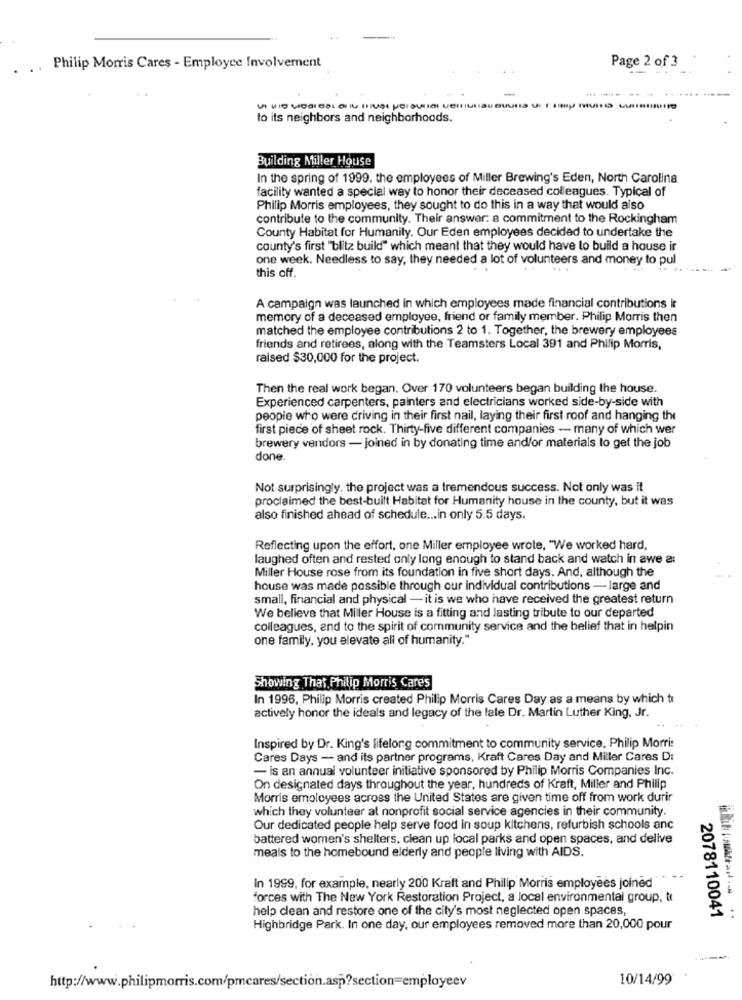
. Philip Morris Cares - Employee Involvement
Page 2 of 3
to its neighbors and neighborhoods.
Building Miller House
In the spring of 1999. the employees of Miller Brewing's Eden, North Carolina
facility wanted a special way to honor their deceased colleagues. Typical of
Philip Morris employees, they sought to do this in a way that would also
contribute to the community. Their answer: a commitment to the Rockingham
County Habitat for Humanity. Our Eden employees decided to undertake the
county's first "blitz build" which meant that they would have to build a house ir
one week. Needless to say, they needed a lot of volunteers and money to pul
this off.
A campaign was launched in which employees made financial contributions Ir
memory of a deceased employee, friend or family member. Philip Morris then
matched the employee contributions 2 to 1. Together, the brewery employees
friends and retirees, along with the Teamsters Local 391 and Philip Morris,
raised $30,000 for the project.
Then the real work began. Over 170 volunteers began building the house.
Experienced carpenters, painters and electricians worked side-by-side with
people who were driving in their first nail, laying their first roof and hanging the
first piece of sheet rock. Thirty-five different companies - many of which wer
brewery vendors - joined in by donating time and/or materials to get the job
done
Not surprisingly. the project was a tremendous success. Not only was it
proclaimed the best-built Habitat for Humanity house in the county, but it was
also finished ahead of schedule ... in only 5.5 days.
Reflecting upon the effort, one Miller employee wrote, "We worked hard,
laughed often and rested only long enough to stand back and watch in awe a:
Miller House rose from its foundation in five short days. And, although the
house was made possible through our individual contributions - large and
small, financial and physical - it is we who have received the greatest return
We believe that Miller House is a fitting and lasting tribute to our departed
colleagues, and to the spirit of community service and the belief that in helpin
one family, you elevate all of humanity."
Showing That Philip Morris Cares
In 1996, Philip Morris created Philip Morris Cares Day as a means by which ti
actively honor the ideals and legacy of the late Dr. Martin Luther King, Jr.
Inspired by Dr. King's lifelong commitment to community service, Philip Morris
Cares Days - and its partner programs, Kraft Cares Day and Miller Cares D:
- is an annual volunteer initiative sponsored by Philip Morris Companies Inc.
On designated days throughout the year, hundreds of Kraft, Miller and Philip
Morris employees across the United States are given time off from work durir
which they volunteer at nonprofit social service agencies in their community.
Our dedicated people help serve food in soup kitchens, refurbish schools anc
battered women's shelters, clean up local parks and open spaces, and delive
meals to the homebound elderly and people living with AIDS.
In 1999, for example, nearly 200 Kraft and Philip Morris employees joined
forces with The New York Restoration Project, a local environmental group, tr
help clean and restore one of the city's most neglected open spaces,
2078110041
...
Highbridge Park. In one day, our employees removed more than 20,000 pour
10/14/99
http://www.philipmorris.com/pmcares/section.asp?section=employeev